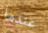
عندما